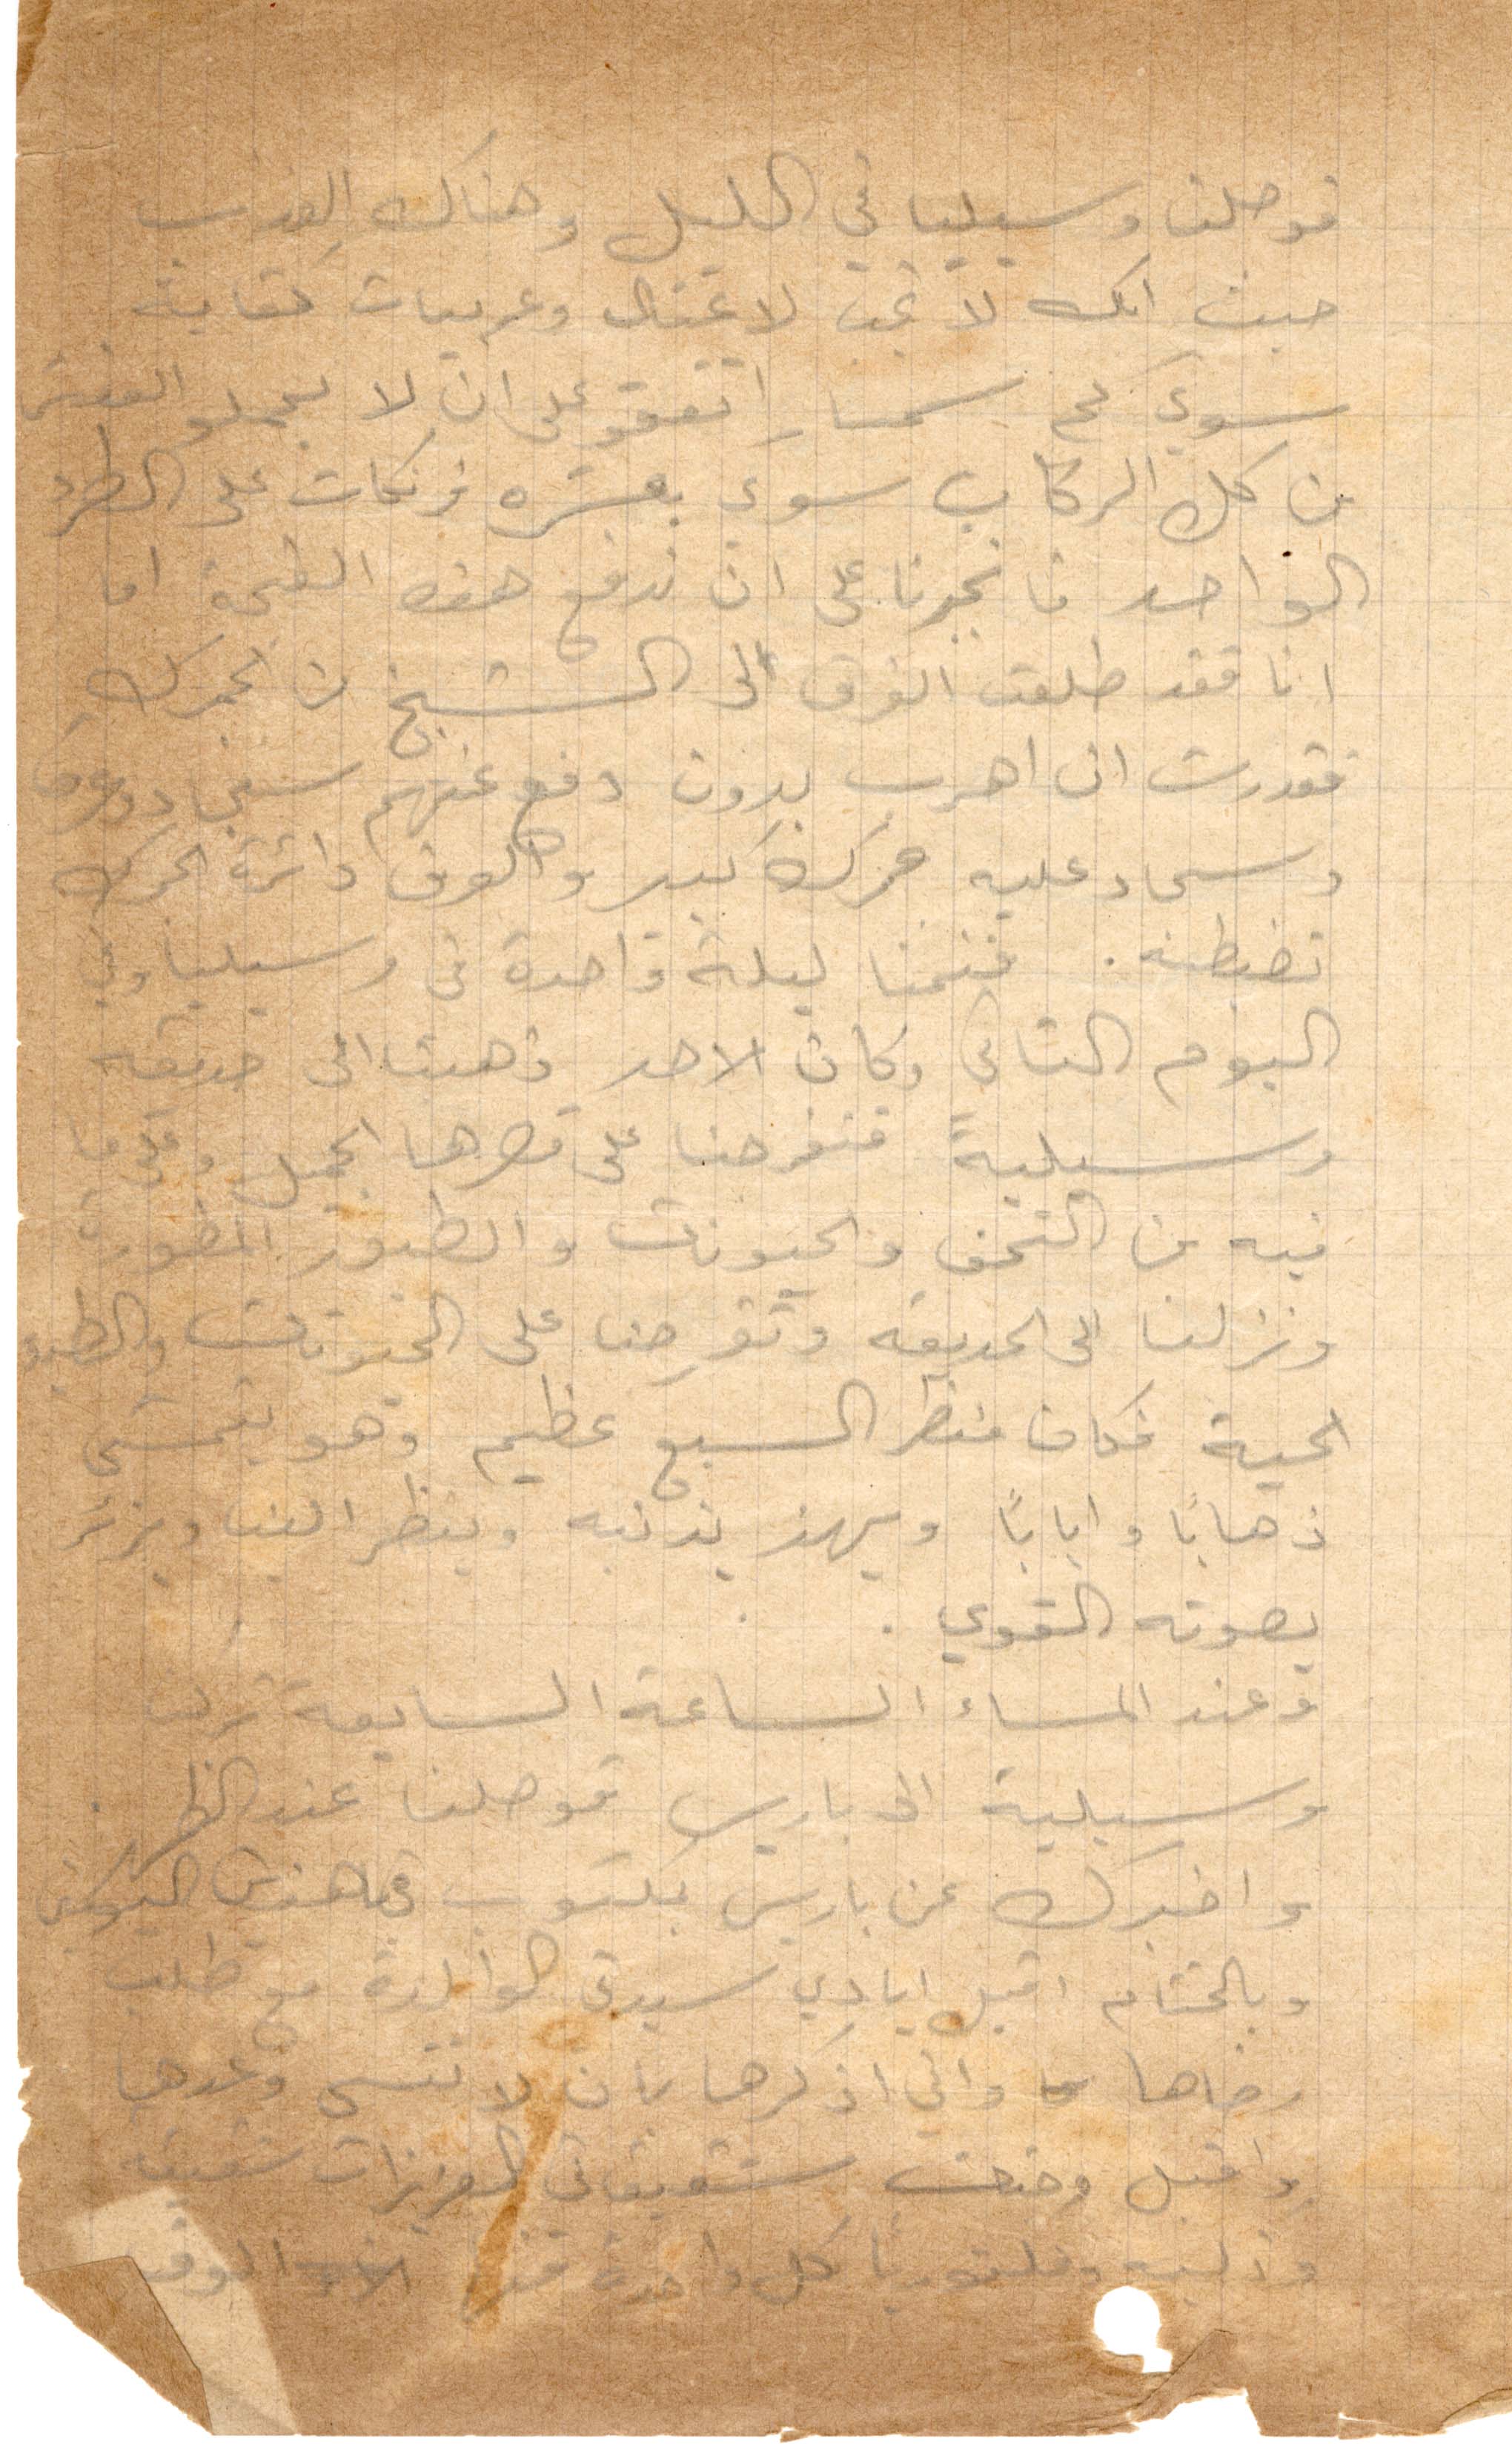
فوصلنا مرسيليا في الليل وهناك العذاب
حيث انك لا تجد لا عتال وعربيات كفاية
سوى كم سمسار اتفقوا على ان لا يحملو الفيش
من كل الركاب سوى بعشرة فرنكات على الطرء
الواحد فانجبرنا على ان ندفع هذه القحبة اما
انا فقد طلعت الفرق الى الشيخ من الجمرك
فقدرت ان اهرب بدون دفع عنهم سجاد وعرق
وسجاد عليه جمرك كبير والفرق دائرة الجمرك
تضبطه. فنمنا ليلة واحدة في مرسيليا وفي
اليوم الثاني وكان الاحد ذهبت الى حديقة
مرسيلية فتفرجنا على قصرها وعلى ما
فيه من التحف والحيوانات والطيور المطورة
ونزلنا الى الحديقه وتفرجنا على حيوانات والطيور
الحية فكان منظر السبع عظيم وهو يتمشى
ذهابًا وايابًا ويهز بذنبه وينظر الينا ويزئر
بصوته القوي
وعند المساء الساعة السابعة نزلت
مرسيلية الى باريس فوصلنا عند الظهر
واخبرك عن باريس بمكتوب في هذين اليومين
وبالختام اقبل ايادي سيدي الوالدة مع طلب
رضاها واني اذكرها بان لا تنسى وعدها
واقبل وجنات شقيقاتي العزيزات شفيقة
وذكيه وفكتوريا كل واحدة قدر الالوف